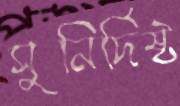
সুনির্দিষ্ট